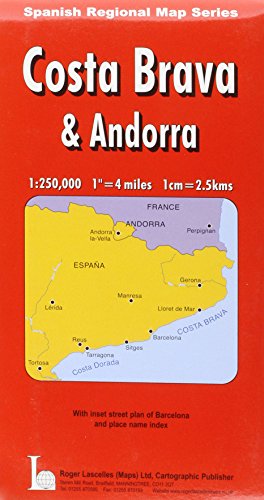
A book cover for Costa Brava: With Andorra (Red Cover); Travel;